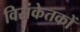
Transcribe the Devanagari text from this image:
विसंकेतकों